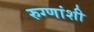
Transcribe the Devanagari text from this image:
रुग्णांशी